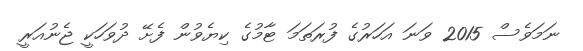
ނަމަވެސް 2015 ވަނަ އަހަރުގެ ފުރަތަމަ ޓާމުގެ ކިޔެވުން ފެށޭ ދުވަހަކީ ޖެނުއަރީ